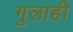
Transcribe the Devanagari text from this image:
गुलाही